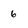
Character: 6